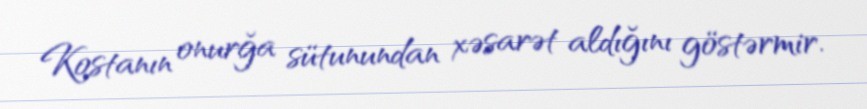
Kostanın onurğa sütunundan xəsarət aldığını göstərmir.